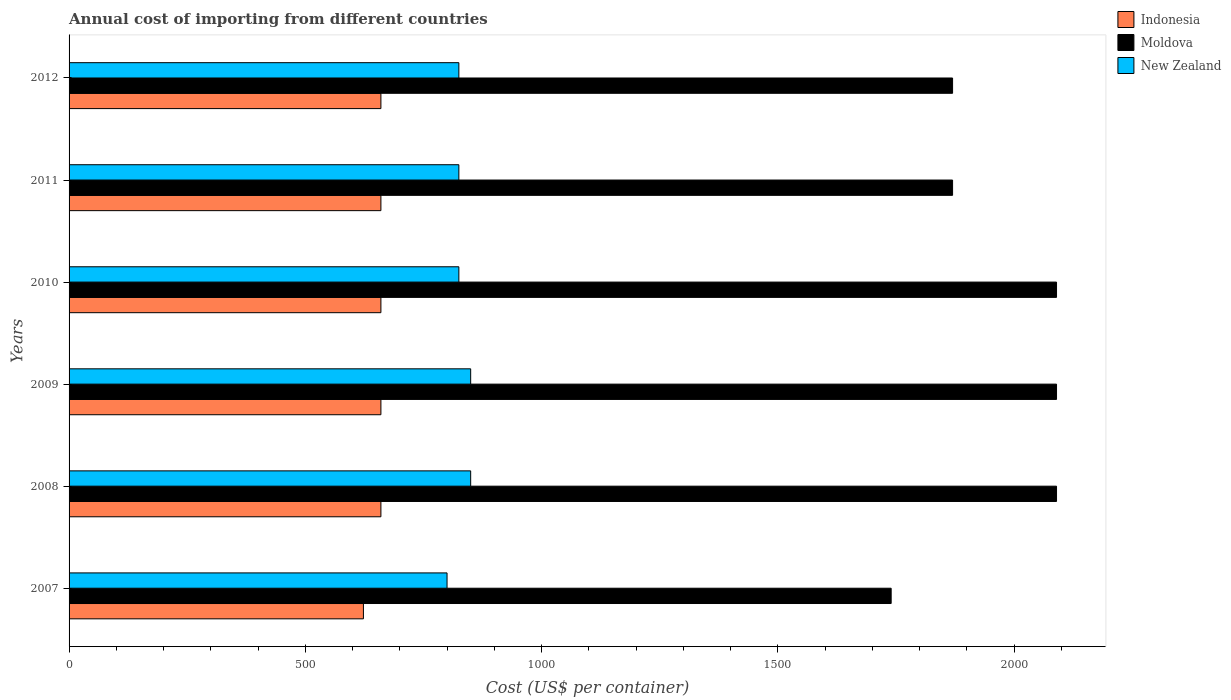
| Years | Indonesia | Moldova | New Zealand |
 | --- | --- | --- | --- |
 | 2007 | 623 | 1.74e+03 | 800 |
 | 2008 | 660 | 2.09e+03 | 850 |
 | 2009 | 660 | 2.09e+03 | 850 |
 | 2010 | 660 | 2.09e+03 | 825 |
 | 2011 | 660 | 1.87e+03 | 825 |
 | 2012 | 660 | 1.87e+03 | 825 |